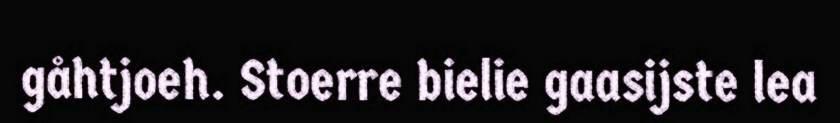
gåhtjoeh. Stoerre bielie gaasijste lea